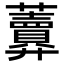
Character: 𧅎